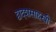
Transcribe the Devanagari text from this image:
द्वादशसाहस्त्री